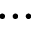
\dots